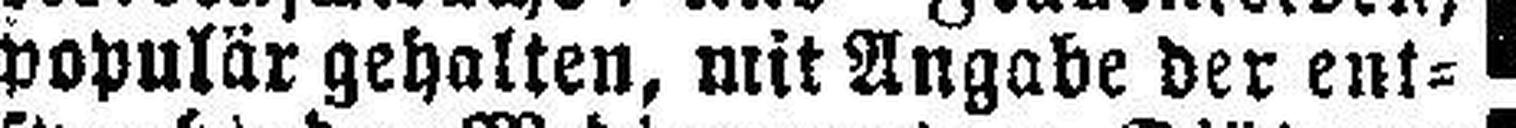
populär gehalten, mit Angabe der ent¬